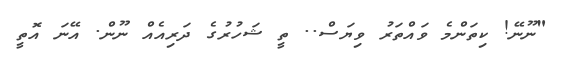
"ނޫނޭ! ކިތަންމެ ވައްތަރު ވިޔަސް.. ތީ ޝަހުރުގެ ދަރިއެއް ނޫން. އޭނަ އޮތީ